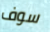
سوف